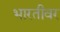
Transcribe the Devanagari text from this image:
भारतीवर